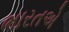
ભારતએ